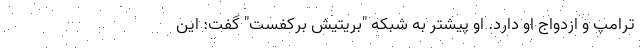
ترامپ و ازدواج او دارد. او پیشتر به شبکه "بریتیش برکفست" گفت: این